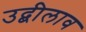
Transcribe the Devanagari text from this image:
उद्बीलाव